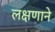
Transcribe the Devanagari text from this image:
लक्षणाने